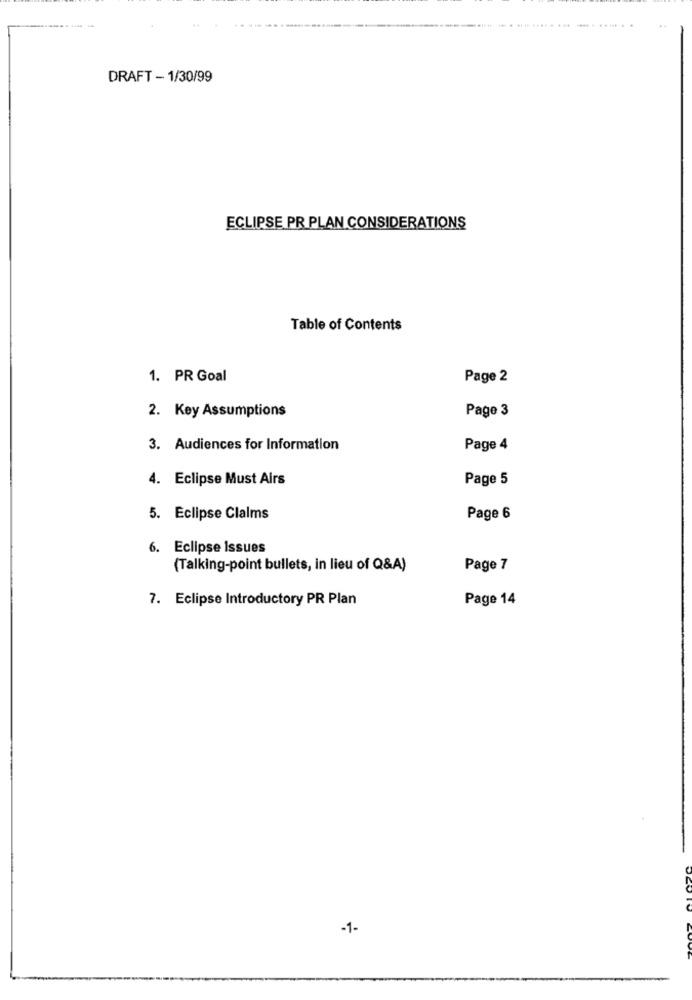
DRAFT - 1/30/99
ECLIPSE PR PLAN CONSIDERATIONS
Table of Contents
1. PR Goal
Page 2
2. Key Assumptions
Page 3
3. Audiences for Information
Page 4
4. Eclipse Must Airs
Page 5
5. Eclipse Claims
Page 6
6. Eclipse Issues
(Talking-point bullets, in lieu of Q&A)
Page 7
7. Eclipse Introductory PR Plan
Page 14
-1-